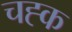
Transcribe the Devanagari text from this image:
चह्क